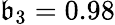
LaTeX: \mathfrak{b}_{3}=0.98